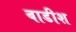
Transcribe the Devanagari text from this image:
बाडीश